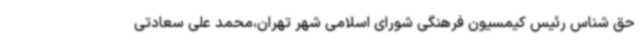
حق شناس رئیس کیمسیون فرهنگی شورای اسلامی شهر تهران،محمد علی سعادتی